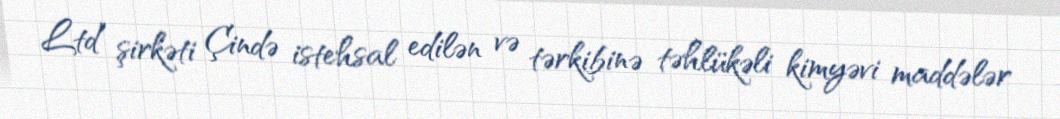
Ltd” şirkəti Çində istehsal edilən və tərkibinə təhlükəli kimyəvi maddələr